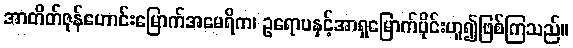
အာတိတ်ဇုန်ဟောင်းမြောက်အမေရိက၊ ဥရောပနှင့်အာရှမြောက်ပိုင်းဟူ၍ဖြစ်ကြသည်။